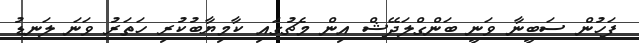
ފަހުން ސަބީނާ ވަނީ ބަންގްލަދޭޝް އިން މެޗުގައި ކާމިޔާބުކުރި ހަތަރު ވަނަ ލަނޑު